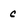
Character: c